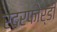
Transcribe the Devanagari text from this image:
रदरफोर्डी